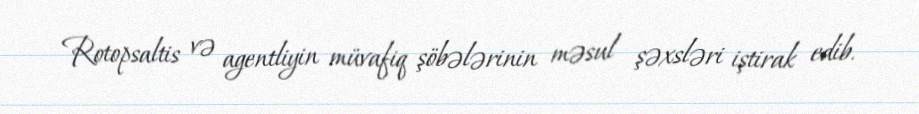
Rotopsaltis və agentliyin müvafiq şöbələrinin məsul şəxsləri iştirak edib.